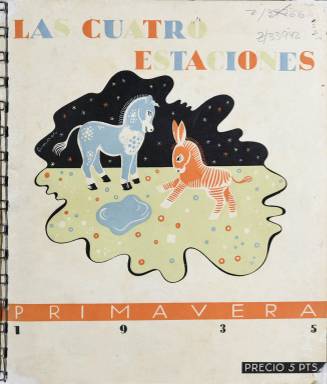
Título: Las Cuatro estaciones (Madrid)
Colección: Revistas de información general
Ámbito geográfico: Madrid
Lugar de publicación: Madrid
Fechas: 01/03/1935-31/12/1935

Revista trimestral de lujo que habla muy bien del alto nivel que había alcanzado la prensa no política ni de actualidad en vísperas de la Guerra Civil.  Se trata de un magazine que nada tiene que envidiar a los europeos de la misma época, con una gran calidad en las fotografías reproducidas en papel couché. En un suelto con motivo de la publicación del segundo número, aparecido en ABC el 3 agosto de 1935, se dice lo siguiente: “Las Cuatro Estaciones es una revista modelo que honra a España y a la producción periodística nacional”.

   Editada por el gran editor y librero Antoni López Llausàs, quien era también propietario de la revista catalana D’Ací i d’Allà, a la que la madrileña pretendía imitar en el aspecto gráfico, Las Cuatro Estaciones estaba dirigida por Fermina B. de Elduayen, miembro de la alta sociedad, y por el arquitecto Eduardo Olosagasti.

   Las fotos de la publicación son impecables, no solo en los reportajes sino también en las páginas publicitarias, que son una excelente muestra sociológica de la tecnología y los gustos de la época. Todo respira elegancia en este magazine que se caracterizaba porque sus páginas estaban encuadernadas con una espiral de alambre, lo más chic del momento.

  Los deportes, la moda, el cine, la decoración, la arquitectura, los viajes… De todo un poco se puede encontrar en los únicos cuatro ejemplares publicados.  Una sección fija era la dedicada a  aristocracia madrileña, con lo que queda claro a qué público iba dirigido la revista. En el número  2 se lee un reportaje sobre el exclusivo club de Puerta de Hierro, y en el 4, el de invierno, otro dedicado al palacio de Liria. Esta atención a las clases altas es quizá la razón por la que el magazine, que disponía de abundantes anuncios y por tanto de financiación, no llegó a aparecer en el terrible año de 1936 que hizo cambiar todo en España.

   En todos los números podemos ver imágenes de la vida madrileña y de sus edificios, modernos y antiguos, aunque la publicación tenía vocación cosmopolita, como lo atestiguan los reportajes dedicados a Nueva York, Grecia, Roma o las playas de Biarritz.

   También aparecen originales imágenes de los dioses y diosas de Hollywood, Cary Grant y Marlene Dietrich, entre otros, así como páginas dedicadas a figuras de la cultura española como Manuel de Falla o Juan Ramón Jiménez. En el número 2 hay un poema autógrafo de este último a toda página.

   Entre los fotógrafos que trabajaron en la revista figuran Cecilio Paniagua, miembro de la Real Sociedad Fotográfica de Madrid y autor del reportaje del primer número sobre el cine Capitol, la alemana Sibylle von Kaskel y Gabriel Casas. Los tres colaboraron también con el Patronato Nacional de Turismo, según se informa en el libro “España a través de la fotografía, 1839-2010”, editado por la Fundación Mapfre y por Taurus.

[Descripción publicada el 7/2/2020]